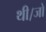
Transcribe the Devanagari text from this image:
थी।जो